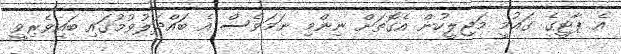
އެ ޕާޓީގެ ގައުމީ މަޖިލީހުން އެގޮތަށް ނިންމި ނަމަވެސް އެ ބައްދަލުވުމުގައި ބައިވެރިވީ